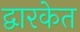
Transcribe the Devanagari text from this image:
द्वारकेत